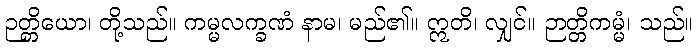
ဉတ္တိယော၊ တို့သည်။ ကမ္မလက္ခဏံ နာမ၊ မည်၏။ ဣတိ၊ လျှင်။ ဉာတ္တိကမ္မံ၊ သည်။